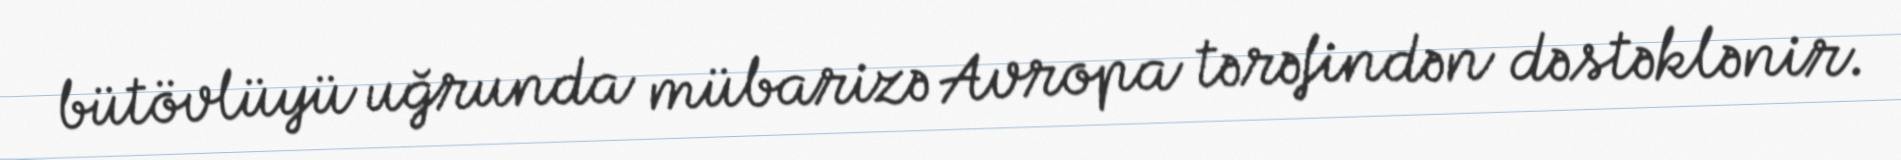
bütövlüyü uğrunda mübarizə Avropa tərəfindən dəstəklənir.